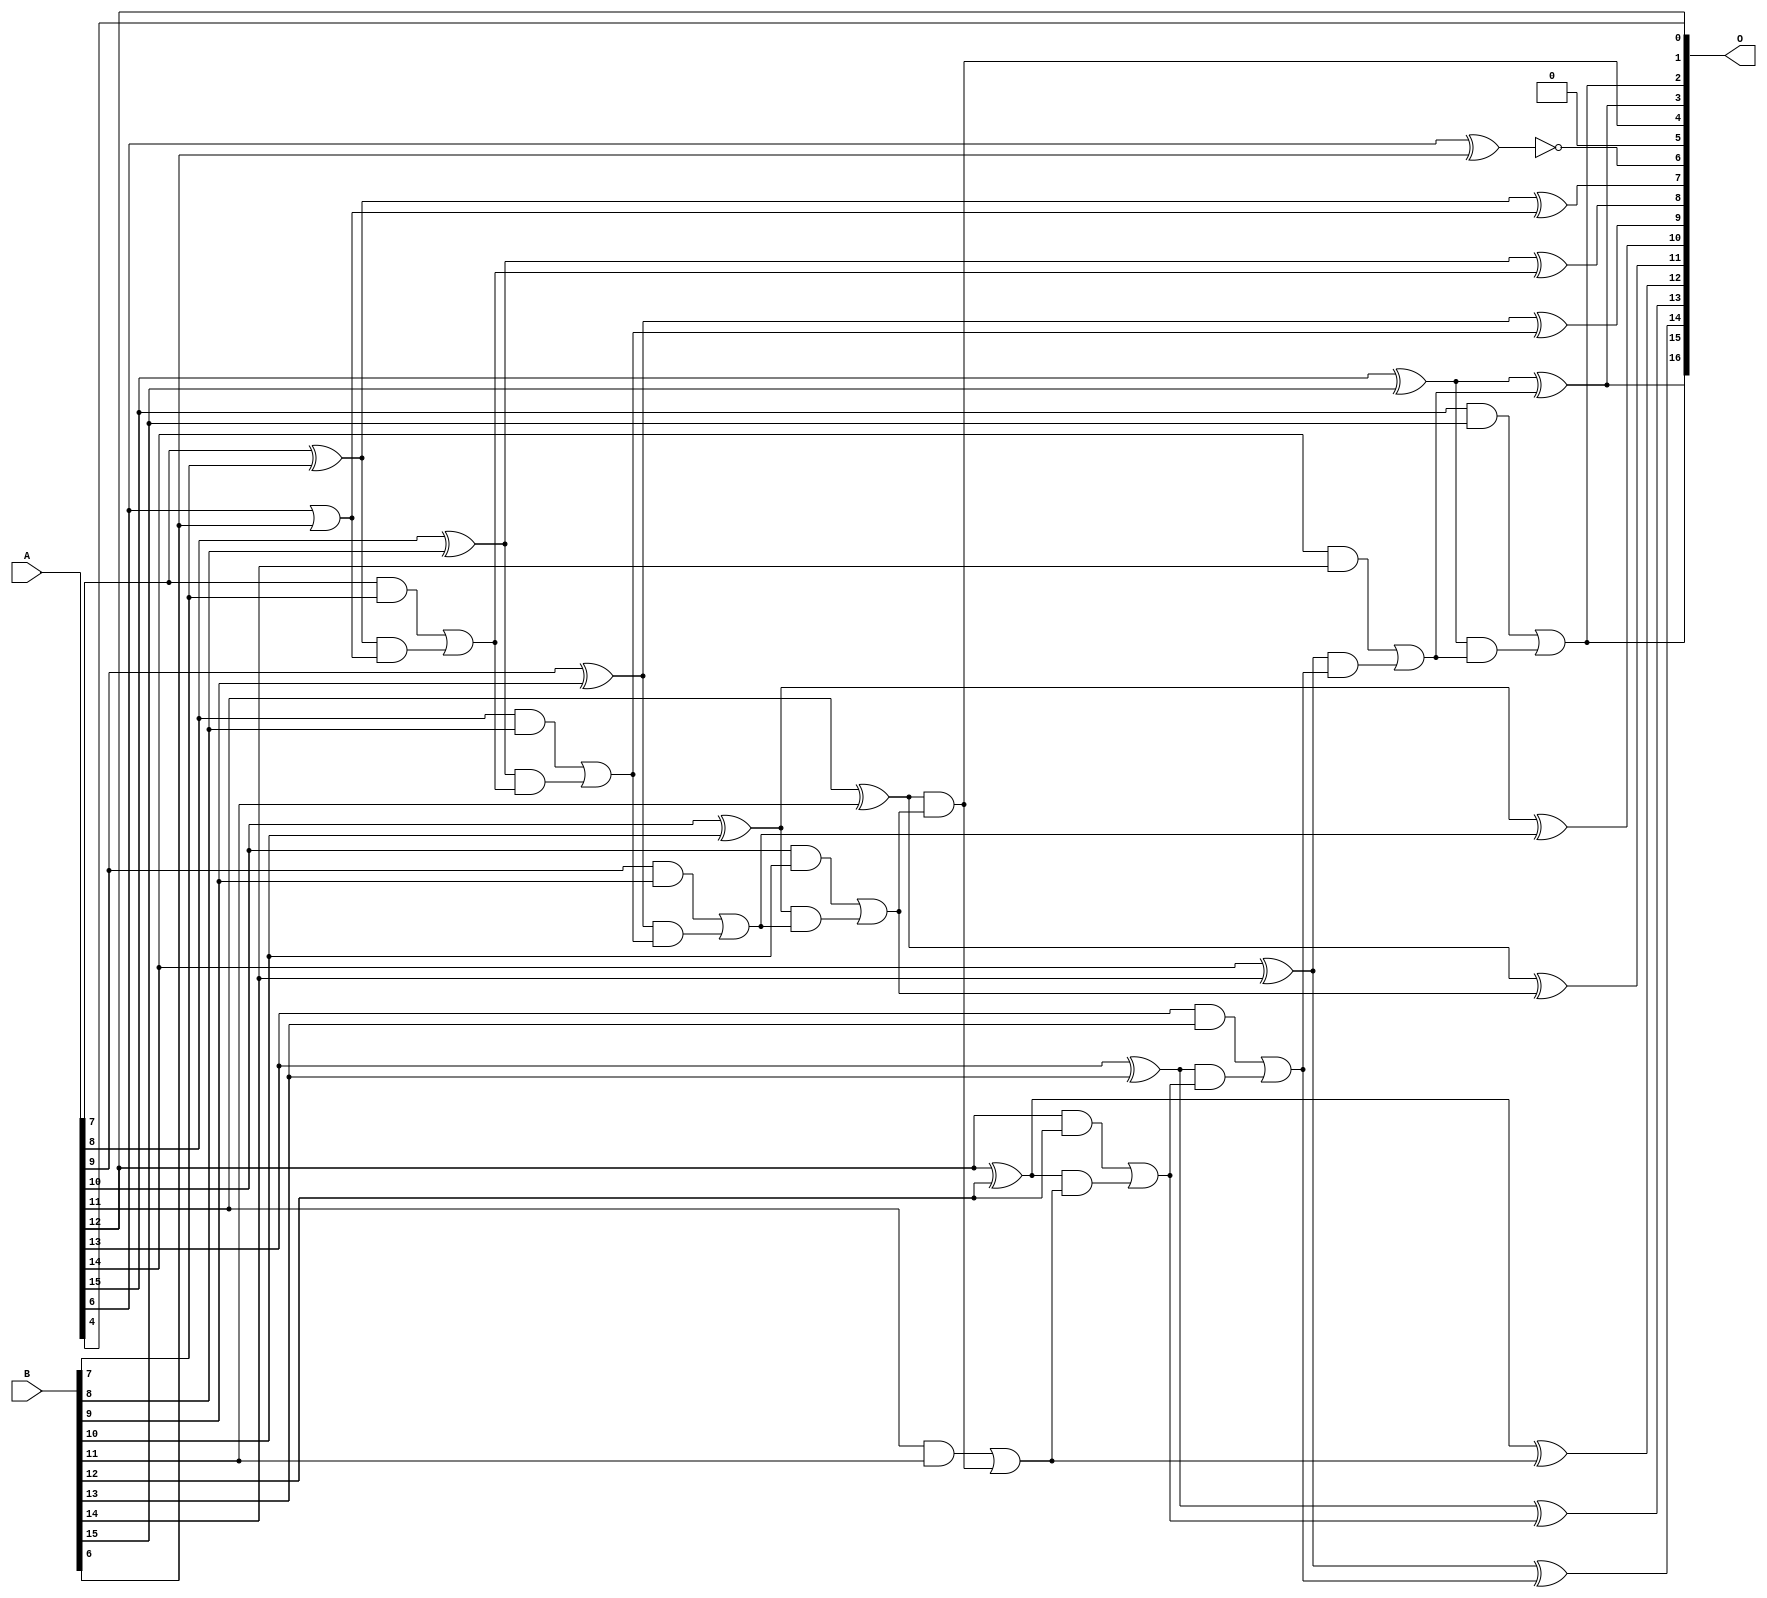
/***
* This code is a part of EvoApproxLib library (ehw.fit.vutbr.cz/approxlib) distributed under The MIT License.
* When used, please cite the following article(s): PRABAKARAN B. S., MRAZEK V., VASICEK Z., SEKANINA L., SHAFIQUE M. ApproxFPGAs: Embracing ASIC-based Approximate Arithmetic Components for FPGA-Based Systems. DAC 2020. 
***/
// MAE% = 0.019 %
// MAE = 24 
// WCE% = 0.072 %
// WCE = 94 
// WCRE% = 6300.00 %
// EP% = 98.74 %
// MRE% = 0.05 %
// MSE = 897 
// FPGA_POWER = 0.42
// FPGA_DELAY = 8.5
// FPGA_LUT = 13


module add16u_074(A, B, O);
  input [15:0] A, B;
  output [16:0] O;
  wire sig_59, sig_63, sig_64, sig_65, sig_66, sig_68;
  wire sig_69, sig_70, sig_71, sig_73, sig_74, sig_75;
  wire sig_76, sig_78, sig_79, sig_80, sig_81, sig_83;
  wire sig_84, sig_85, sig_88, sig_89, sig_90, sig_91;
  wire sig_93, sig_94, sig_95, sig_96, sig_98, sig_99;
  wire sig_100, sig_101, sig_103, sig_104, sig_105, sig_106;
  assign O[5] = 1'b0;
  assign sig_59 = A[6] ^ B[6];
  assign O[6] = !sig_59;
  assign sig_63 = A[6] | B[6];
  assign sig_64 = A[7] ^ B[7];
  assign sig_65 = A[7] & B[7];
  assign sig_66 = sig_64 & sig_63;
  assign O[7] = sig_64 ^ sig_63;
  assign sig_68 = sig_65 | sig_66;
  assign sig_69 = A[8] ^ B[8];
  assign sig_70 = A[8] & B[8];
  assign sig_71 = sig_69 & sig_68;
  assign O[8] = sig_69 ^ sig_68;
  assign sig_73 = sig_70 | sig_71;
  assign sig_74 = A[9] ^ B[9];
  assign sig_75 = A[9] & B[9];
  assign sig_76 = sig_74 & sig_73;
  assign O[9] = sig_74 ^ sig_73;
  assign sig_78 = sig_75 | sig_76;
  assign sig_79 = A[10] ^ B[10];
  assign sig_80 = A[10] & B[10];
  assign sig_81 = sig_79 & sig_78;
  assign O[10] = sig_79 ^ sig_78;
  assign sig_83 = sig_80 | sig_81;
  assign sig_84 = A[11] ^ B[11];
  assign sig_85 = A[11] & B[11];
  assign O[4] = sig_84 & sig_83;
  assign O[11] = sig_84 ^ sig_83;
  assign sig_88 = sig_85 | O[4];
  assign sig_89 = A[12] ^ B[12];
  assign sig_90 = A[12] & B[12];
  assign sig_91 = sig_89 & sig_88;
  assign O[12] = sig_89 ^ sig_88;
  assign sig_93 = sig_90 | sig_91;
  assign sig_94 = A[13] ^ B[13];
  assign sig_95 = A[13] & B[13];
  assign sig_96 = sig_94 & sig_93;
  assign O[13] = sig_94 ^ sig_93;
  assign sig_98 = sig_95 | sig_96;
  assign sig_99 = A[14] ^ B[14];
  assign sig_100 = A[14] & B[14];
  assign sig_101 = sig_99 & sig_98;
  assign O[14] = sig_99 ^ sig_98;
  assign sig_103 = sig_100 | sig_101;
  assign sig_104 = A[15] ^ B[15];
  assign sig_105 = A[15] & B[15];
  assign sig_106 = sig_104 & sig_103;
  assign O[3] = sig_104 ^ sig_103;
  assign O[2] = sig_105 | sig_106;
  assign O[0] = A[4];
  assign O[1] = A[12];
  assign O[15] = O[3];
  assign O[16] = O[2];
endmodule